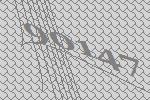
90147